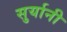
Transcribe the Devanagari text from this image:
सुर्यानी